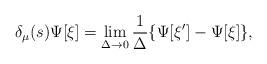
LaTeX: \begin{align*}\delta_\mu(s) \Psi[\xi] = \lim_{\Delta \rightarrow 0} \frac{1}{\Delta} \{\Psi[\xi'] - \Psi[\xi]\},\end{align*}